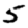
Digit: 5